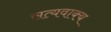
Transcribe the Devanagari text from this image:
सत्यवाक्य